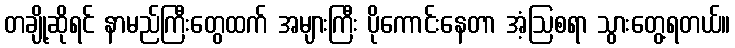
တချို့ဆိုရင် နာမည်ကြီးတွေထက် အများကြီး ပိုကောင်းနေတာ အံ့ဩစရာ သွားတွေ့ရတယ်။